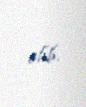
alıb.